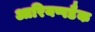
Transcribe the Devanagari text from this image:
आरियप्पडैक